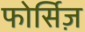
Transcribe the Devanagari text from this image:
फोर्सिज़